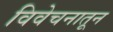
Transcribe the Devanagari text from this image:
विवेचनातून